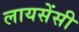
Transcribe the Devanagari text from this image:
लायसेंसी